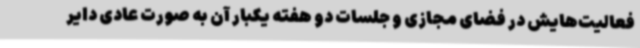
فعالیت‌هایش در فضای مجازی و جلسات دو هفته یکبار آن به صورت عادی دایر